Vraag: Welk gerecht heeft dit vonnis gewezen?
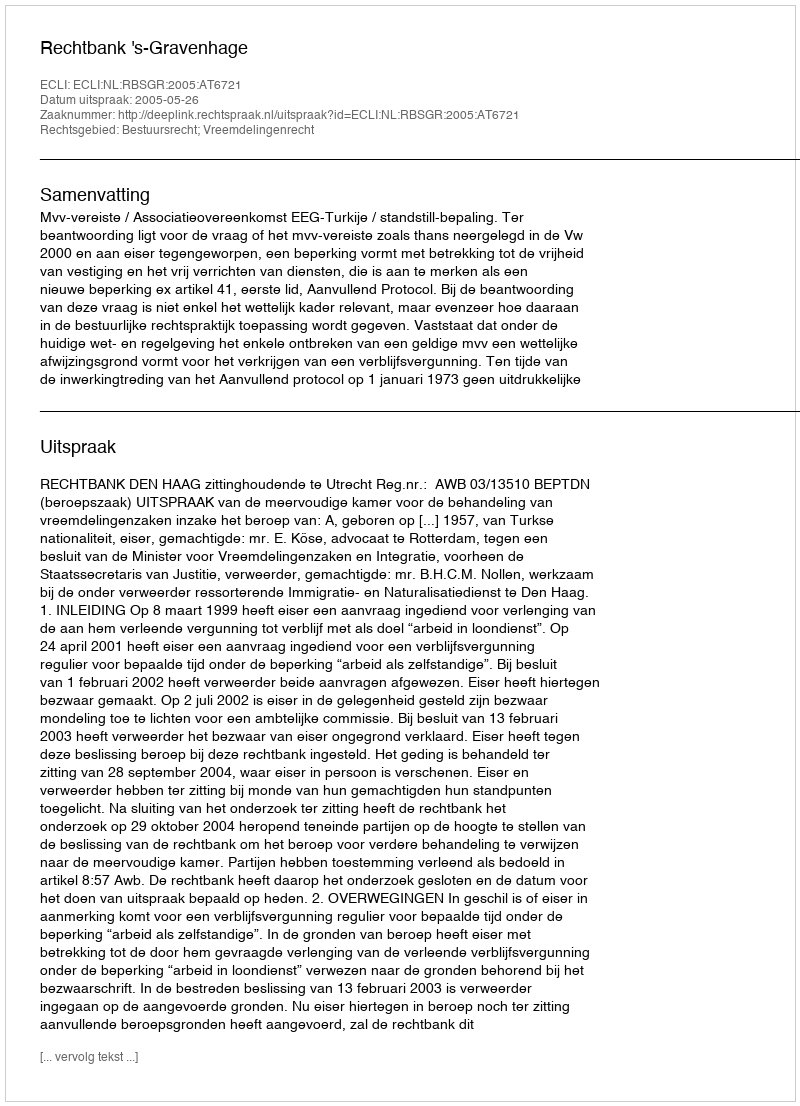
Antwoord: Rechtbank 's-Gravenhage